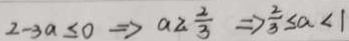
2 - 3 a \leq 0 \Rightarrow a \geq \frac { 2 } { 3 } \Rightarrow \frac { 2 } { 3 } \leq a < 1